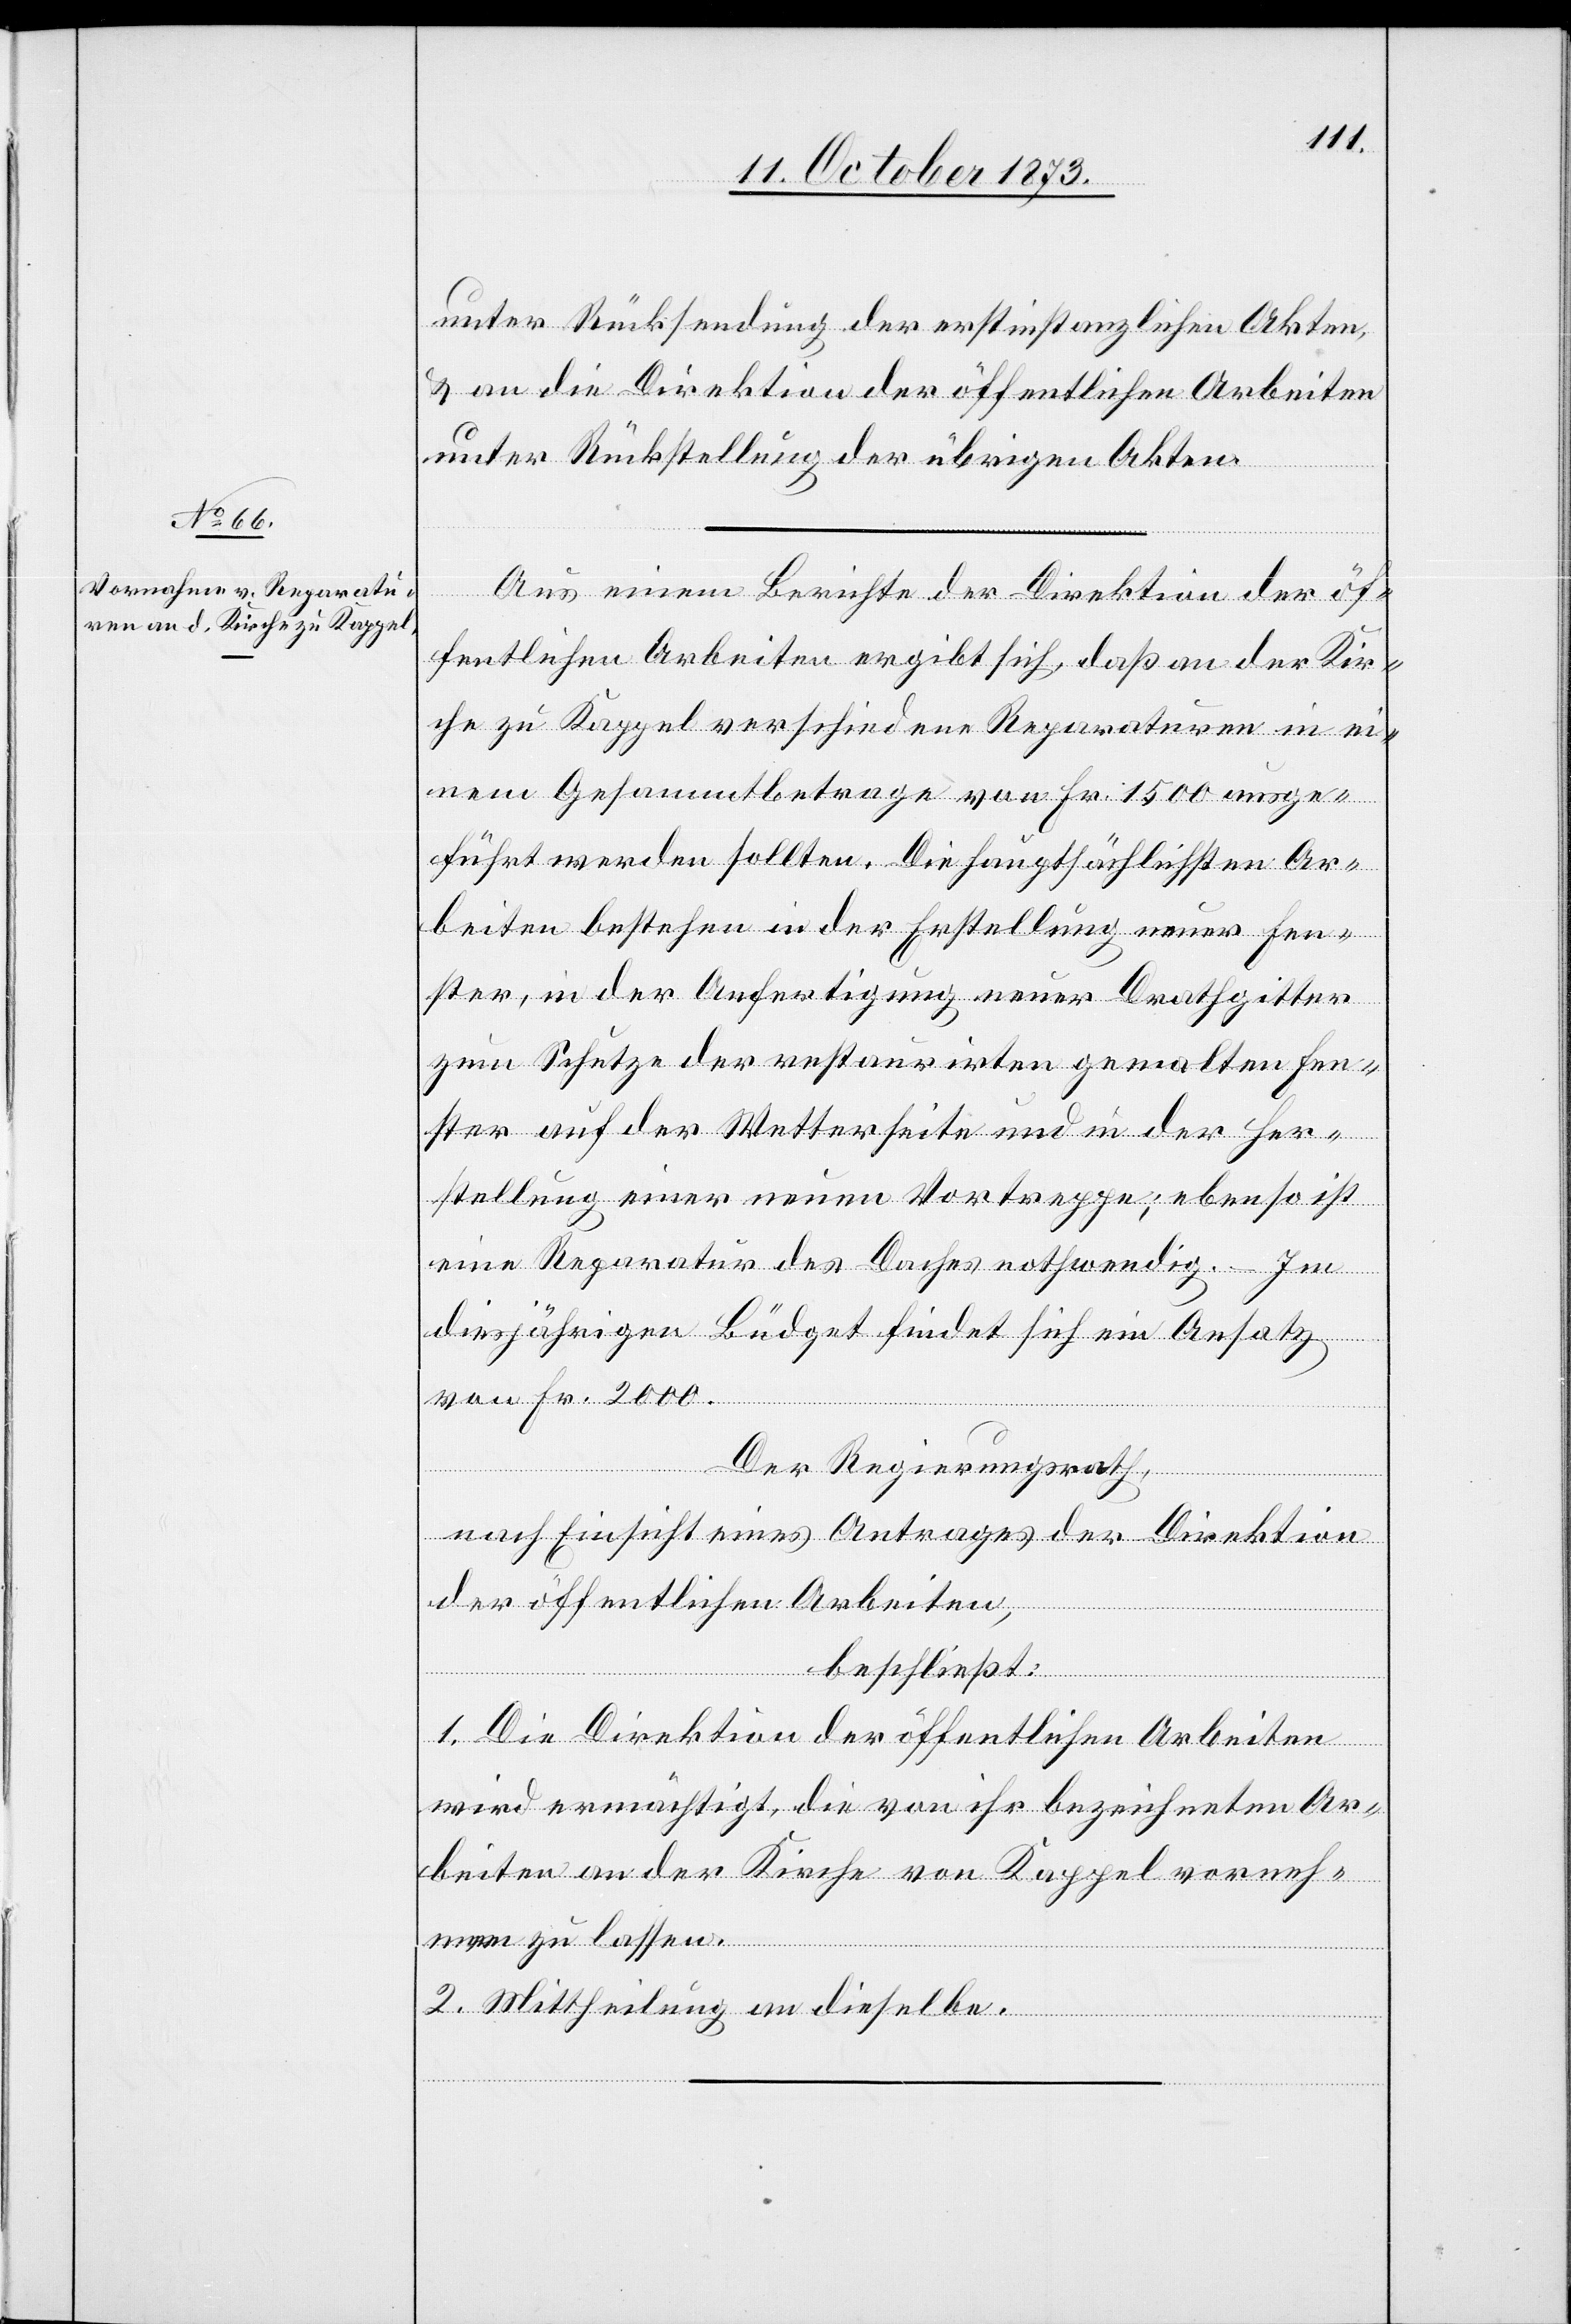
unter Rücksendung der erstinstanzlichen Akten,
& an die Direktion der öffentlichen Arbeiten
unter Rückstellung der übrigen Akten.
Aus einem Berichte der Direktion der öf¬
fentlichen Arbeiten ergibt sich, daß an der Kir¬
che zu Kappel verschiedene Reparaturen in ei¬
nem Gesammtbetrage von Fr. 1 500 ausge¬
führt werden sollten. Die hauptsächlichsten Ar¬
beiten bestehen in der Erstellung neuer Fen¬
ster, in der Anfertigung neuer Drathgitter
zum Schutze der restaurirten gemalten Fen¬
ster auf der Wetterseite und in der Her¬
stellung einer neuen Vortreppe; ebenso ist
eine Reparatur des Daches nothwendig. – Im
diesjährigen Büdget findet sich ein Ansatz
von Fr. 2 000.
Der Regierungsrath,
nach Einsicht eines Antrages der Direktion
der öffentlichen Arbeiten,
beschließt:
1. Die Direktion der öffentlichen Arbeiten
wird ermächtigt, die von ihr bezeichneten Ar¬
beiten an der Kirche von Kappel vorneh¬
men zu lassen.
2. Mittheilung an dieselbe.